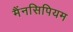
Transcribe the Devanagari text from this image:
मैंनसिपियम